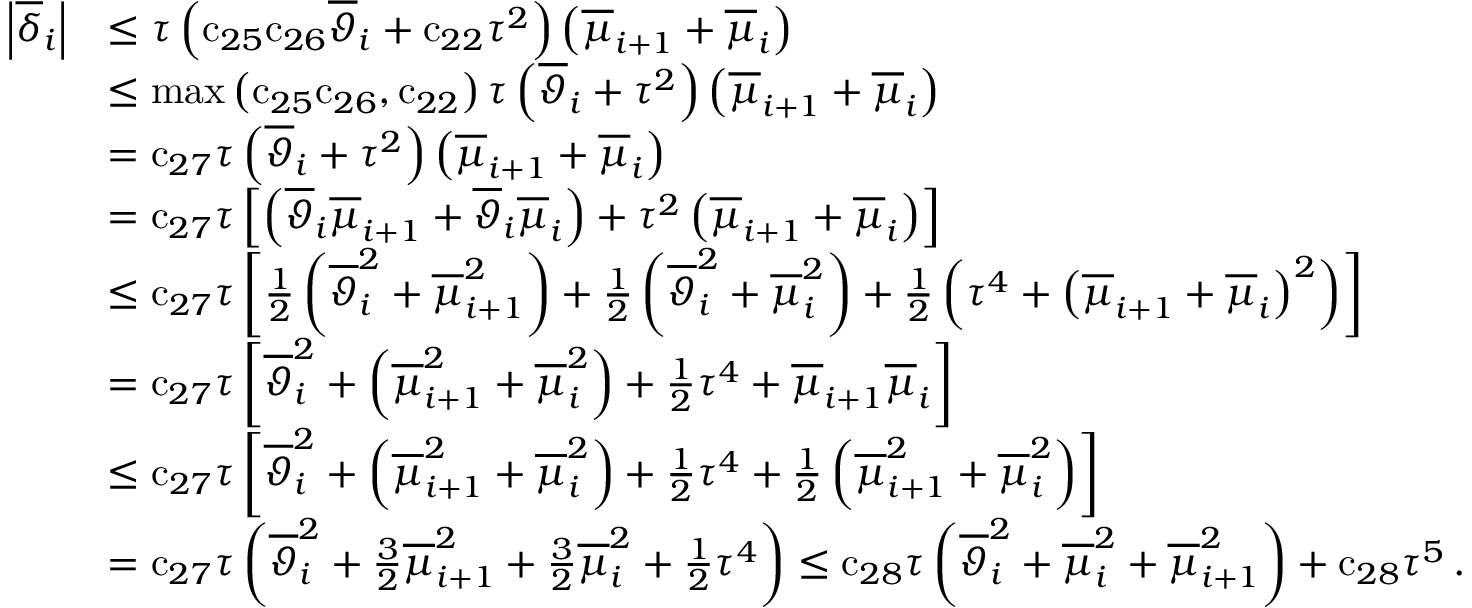
\begin{array} { r l } { \left| { \overline { { \delta } } } _ { i } \right| } & { \leq { \tau } \left( { \mathrm { c } } _ { 2 5 } { \mathrm { c } } _ { 2 6 } { { \overline { { \vartheta } } } _ { i } } + { \mathrm { c } } _ { 2 2 } { \tau } ^ { 2 } \right) \left( { \overline { { \mu } } } _ { i + 1 } + { \overline { { \mu } } } _ { i } \right) } \\ & { \leq \operatorname* { m a x } \left( { \mathrm { c } } _ { 2 5 } { \mathrm { c } } _ { 2 6 } , { \mathrm { c } } _ { 2 2 } \right) { \tau } \left( { \overline { { \vartheta } } } _ { i } + { \tau } ^ { 2 } \right) \left( { \overline { { \mu } } } _ { i + 1 } + { \overline { { \mu } } } _ { i } \right) } \\ & { = { \mathrm { c } } _ { 2 7 } { \tau } \left( { \overline { { \vartheta } } } _ { i } + { \tau } ^ { 2 } \right) \left( { \overline { { \mu } } } _ { i + 1 } + { \overline { { \mu } } } _ { i } \right) } \\ & { = { \mathrm { c } } _ { 2 7 } { \tau } \left[ \left( { \overline { { \vartheta } } } _ { i } { \overline { { \mu } } } _ { i + 1 } + { \overline { { \vartheta } } } _ { i } { \overline { { \mu } } } _ { i } \right) + { \tau } ^ { 2 } \left( { \overline { { \mu } } } _ { i + 1 } + { \overline { { \mu } } } _ { i } \right) \right] } \\ & { \leq { \mathrm { c } } _ { 2 7 } { \tau } \left[ \frac { 1 } { 2 } \left( { \overline { { \vartheta } } } _ { i } ^ { 2 } + { \overline { { \mu } } } _ { i + 1 } ^ { 2 } \right) + \frac { 1 } { 2 } \left( { \overline { { \vartheta } } } _ { i } ^ { 2 } + { \overline { { \mu } } } _ { i } ^ { 2 } \right) + \frac { 1 } { 2 } \left( { \tau } ^ { 4 } + { \left( { \overline { { \mu } } } _ { i + 1 } + { \overline { { \mu } } } _ { i } \right) } ^ { 2 } \right) \right] } \\ & { = { \mathrm { c } } _ { 2 7 } { \tau } \left[ { \overline { { \vartheta } } } _ { i } ^ { 2 } + \left( { \overline { { \mu } } } _ { i + 1 } ^ { 2 } + { \overline { { \mu } } } _ { i } ^ { 2 } \right) + \frac { 1 } { 2 } { \tau } ^ { 4 } + { \overline { { \mu } } } _ { i + 1 } { \overline { { \mu } } } _ { i } \right] } \\ & { \leq { \mathrm { c } } _ { 2 7 } { \tau } \left[ { \overline { { \vartheta } } } _ { i } ^ { 2 } + \left( { \overline { { \mu } } } _ { i + 1 } ^ { 2 } + { \overline { { \mu } } } _ { i } ^ { 2 } \right) + \frac { 1 } { 2 } { \tau } ^ { 4 } + \frac { 1 } { 2 } \left( { \overline { { \mu } } } _ { i + 1 } ^ { 2 } + { \overline { { \mu } } } _ { i } ^ { 2 } \right) \right] } \\ & { = { \mathrm { c } } _ { 2 7 } { \tau } \left( { \overline { { \vartheta } } } _ { i } ^ { 2 } + \frac { 3 } { 2 } { \overline { { \mu } } } _ { i + 1 } ^ { 2 } + \frac { 3 } { 2 } { \overline { { \mu } } } _ { i } ^ { 2 } + \frac { 1 } { 2 } { \tau } ^ { 4 } \right) \leq { \mathrm { c } } _ { 2 8 } { \tau } \left( { \overline { { \vartheta } } } _ { i } ^ { 2 } + { \overline { { \mu } } } _ { i } ^ { 2 } + { \overline { { \mu } } } _ { i + 1 } ^ { 2 } \right) + { \mathrm { c } } _ { 2 8 } { \tau } ^ { 5 } \, . } \end{array}